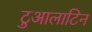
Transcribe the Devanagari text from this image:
टुआलाटिन